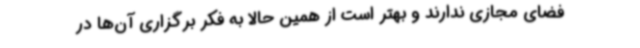
فضای مجازی ندارند و بهتر است از همین حالا به فکر برگزاری آن‌ها در